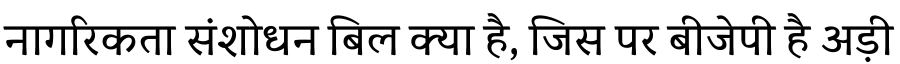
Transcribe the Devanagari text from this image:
नागरिकता संशोधन बिल क्या है, जिस पर बीजेपी है अड़ी